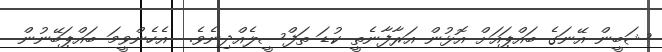
ޝަބީން އޭނަގެ ބައްޕައަށް އޮޅުން އަރާފާނެތީ ކުޑަ ތަފްސީލެއްދިނެވެ.  އެހެންވީމަ ބައްޕަބޭނުން